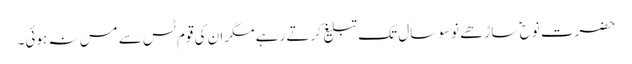
حضرت نوح ؑ ساڑھے نوسو سال تک تبلیغ کرتے رہے مگر ان کی قوم ٹس سے مس نہ ہوئی۔